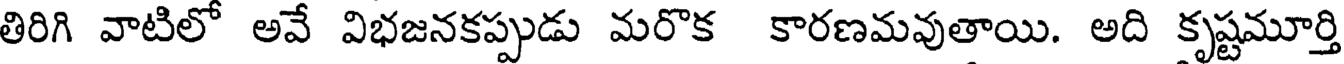
తిరిగి వాటిలో అవే విభజనకప్పుడు మరొక కారణమవుతాయి. అది కృష్టమూర్తి